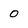
Character: 0